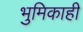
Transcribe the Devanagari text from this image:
भुमिकाही